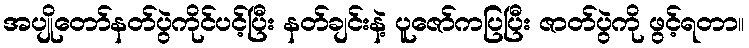
အပျိုတော်နတ်ပွဲကိုင်ပင့်ပြီး နတ်ချင်းနဲ့ ပူဇော်ကပြပြီး ဇာတ်ပွဲကို ဖွင့်ရတာ။